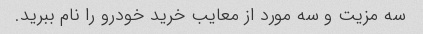
سه مزیت و سه مورد از معایب خرید خودرو را نام ببرید.